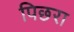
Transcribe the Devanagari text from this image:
पिछरा